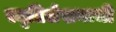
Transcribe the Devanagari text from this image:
स्मृतिलेखनाची